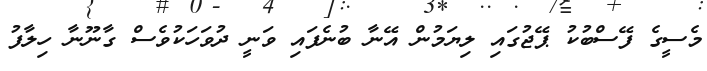
މެސީގެ ފޭސްބުކު ޕޭޖުގައި ލިޔަމުން އޭނާ ބުނެފައި ވަނީ ދުވަހަކުވެސް ގާނޫނާ ހިލާފު